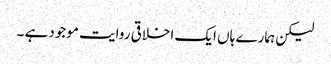
لیکن ہمارے ہاں ایک اخلاقی روایت موجودہے ۔